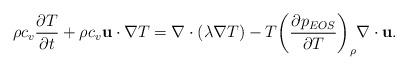
LaTeX: \begin{align*}\rho {c_v}\frac{{\partial T}}{{\partial t}} + \rho {c_v}{\bf{u}} \cdot \nabla T = \nabla \cdot \left( {\lambda \nabla T} \right) - T{\left( {\frac{{\partial {p_{EOS}}}}{{\partial T}}} \right)_\rho }\nabla \cdot {\bf{u}}.\end{align*}